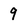
Character: 9